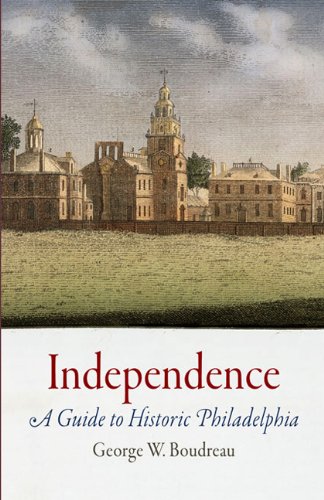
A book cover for Independence: A Guide to Historic Philadelphia; George W. Boudreau; Travel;